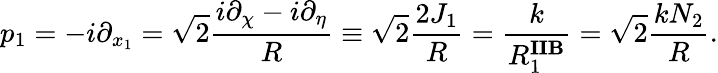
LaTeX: p_{1}=-i\partial_{x_{1}}=\sqrt{2}\frac{i\partial_{\chi}-i\partial_{\eta}}{R}\equiv\sqrt{2}\frac{2J_{1}}{R}=\frac{k}{R_{1}^{\mathbf{IIB}}}=\sqrt{2}\frac{kN_{2}}{R}.